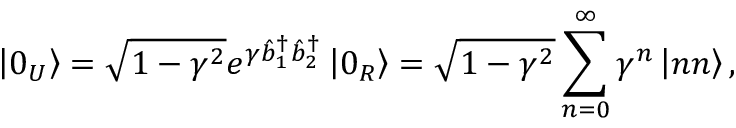
\left\vert 0 _ { U } \right\rangle = \sqrt { 1 - \gamma ^ { 2 } } e ^ { \gamma \hat { b } _ { 1 } ^ { \dagger } \hat { b } _ { 2 } ^ { \dagger } } \left\vert 0 _ { R } \right\rangle = \sqrt { 1 - \gamma ^ { 2 } } \sum _ { n = 0 } ^ { \infty } \gamma ^ { n } \left\vert n n \right\rangle ,